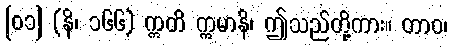
[၀၁] (နိ၊ ၁၆၆) ဣတိ ဣမာနိ၊ ဤသည်တို့ကား။ တာဝ၊